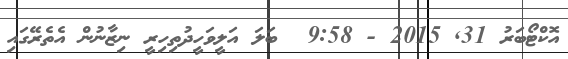
އޮކްޓޯބަރު 31